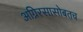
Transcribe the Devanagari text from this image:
अग्निरसासोबतच